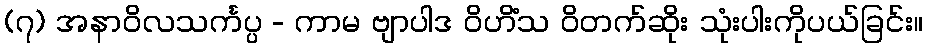
(၇) အနာဝိလသင်္ကပ္ပ - ကာမ ဗျာပါဒ ဝိဟိံသ ဝိတက်ဆိုး သုံးပါးကိုပယ်ခြင်း။